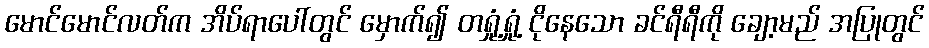
မောင်မောင်လတ်က အိပ်ရာပေါ်တွင် မှောက်၍ တရှုံ့ရှုံ့ ငိုနေသော ခင်ရီရီကို ချော့မည် အပြုတွင်